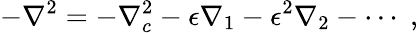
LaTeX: -\nabla^{2}=-\nabla_{c}^{2}-\epsilon\nabla_{1}-\epsilon^{2}\nabla_{2}-\cdots\; ,